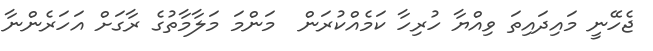
ޖެހޭނީ މައިދައިތަ ވިއްޔާ ހުރިހާ ކަމެއްކުރަން  މަންމަ މަލާމާތުގެ ރާގަށް އަހަރެންނާ